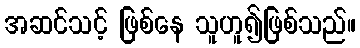
အဆင်သင့် ဖြစ်နေ သူဟူ၍ဖြစ်သည်။